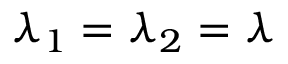
\lambda _ { 1 } = \lambda _ { 2 } = \lambda